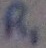
Text: R1